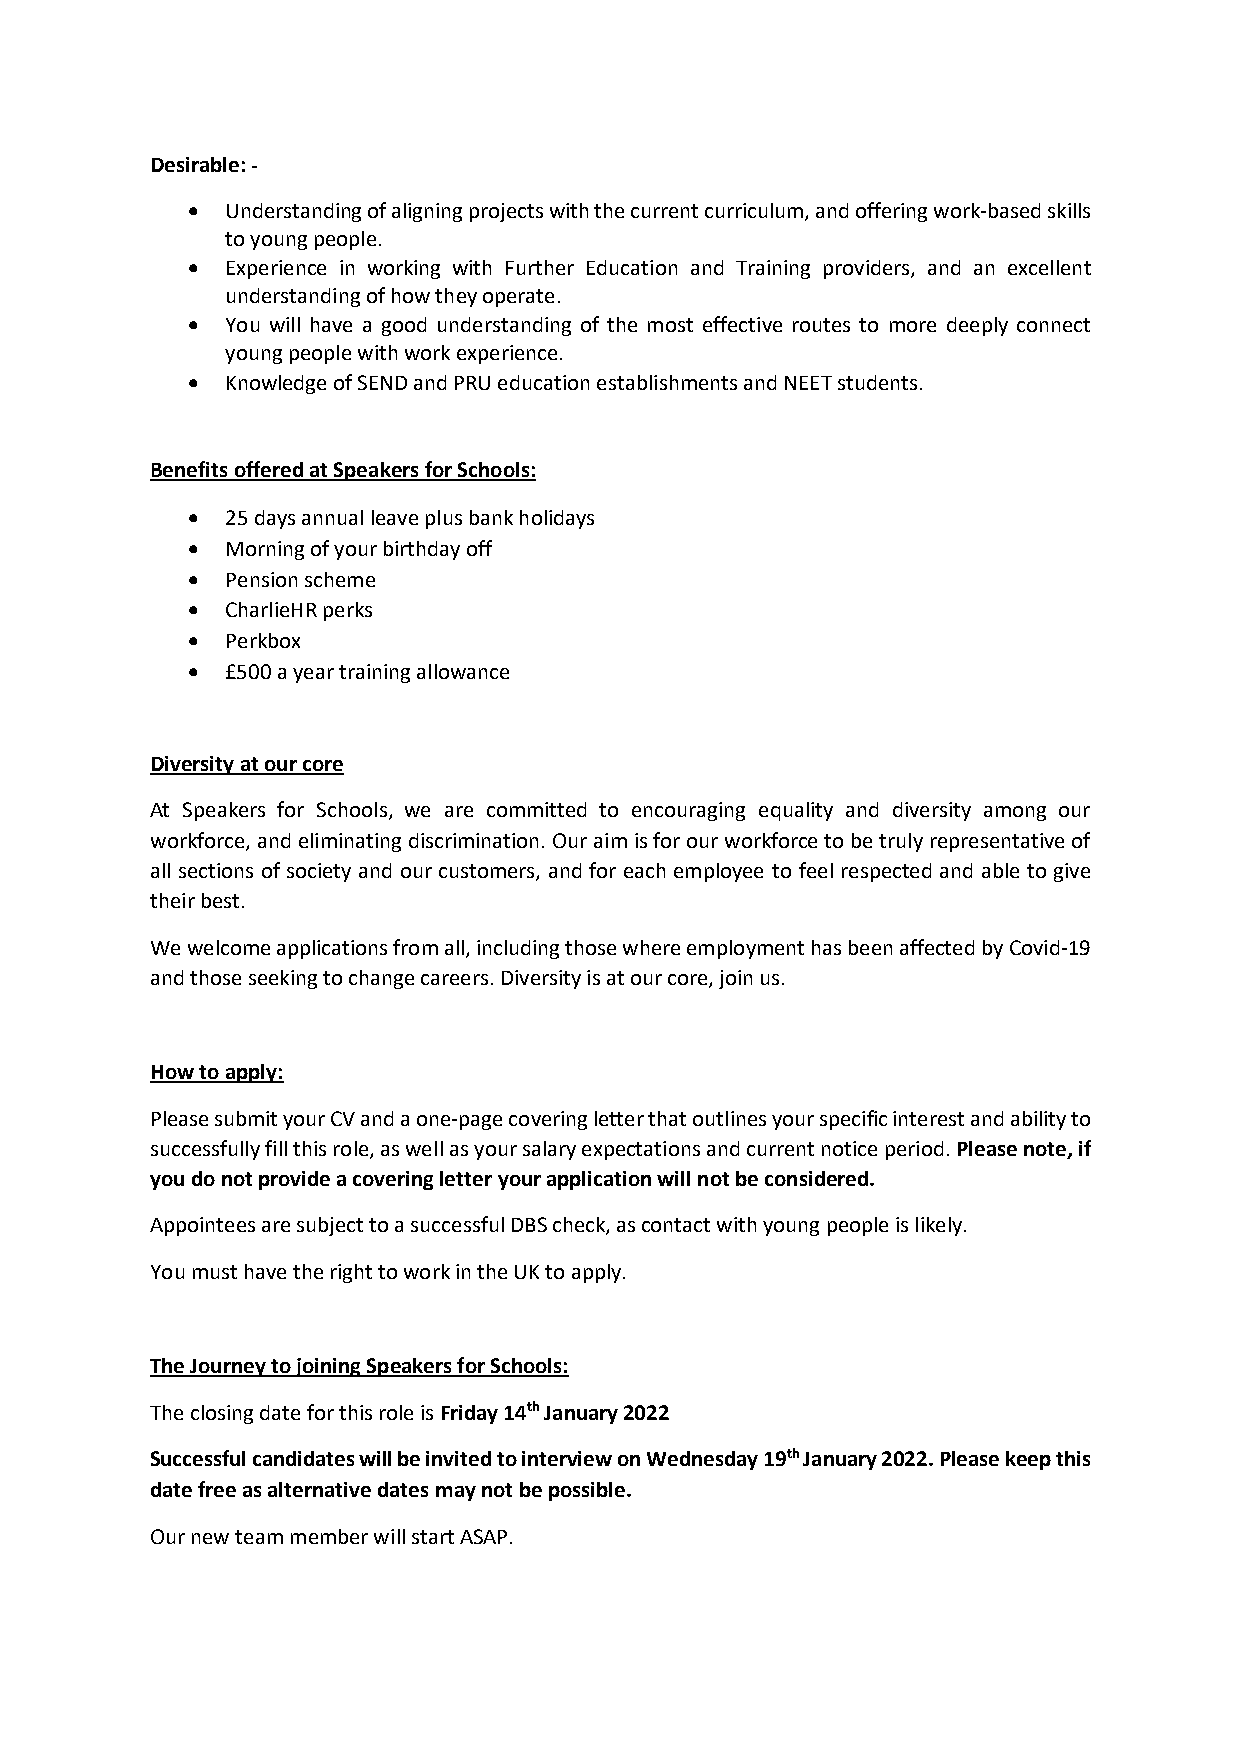
Desirable: -
 •  Understanding of aligning projects with the current curriculum, and offering work-based skills
 to young people.
 •  Experience in working with Further Education and Training providers, and an excellent
 understanding of how they operate.
 •  You will have a good understanding of the most effective routes to more deeply connect
 young people with work experience.
 •  Knowledge of SEND and PRU education establishments and NEET students.
 Benefits offered at Speakers for Schools:
 •  25 days annual leave plus bank holidays
 •  Morning of your birthday off
 •  Pension scheme
 •  CharlieHR perks
 •  Perkbox
 •  £500 a year training allowance
 Diversity at our core
 At Speakers for Schools, we are committed to encouraging equality and diversity among our
 workforce, and eliminating discrimination. Our aim is for our workforce to be truly representative of
 all sections of society and our customers, and for each employee to feel respected and able to give
 their best.
 We welcome applications from all, including those where employment has been affected by Covid-19
 and those seeking to change careers. Diversity is at our core, join us.
 How to apply:
 Please submit your CV and a one-page covering letter that outlines your specific interest and ability to
 successfully fill this role, as well as your salary expectations and current notice period. Please note, if
 you do not provide a covering letter your application will not be considered.
 Appointees are subject to a successful DBS check, as contact with young people is likely.
 You must have the right to work in the UK to apply.
 The Journey to joining Speakers for Schools:
 The closing date for this role is Friday 14th January 2022
 Successful candidates will be invited to interview on Wednesday 19th January 2022. Please keep this
 date free as alternative dates may not be possible.
 Our new team member will start ASAP.